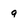
Character: 9